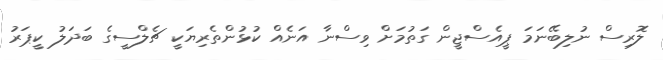
ލޮރިސް ނުލިބޭނަމަ ޕީއެސްޖީން ގަތުމަށް ވިސްނާ އަނެއް ކުޅުންތެރިޔަކީ ޗެލްސީގެ ބަދަލު ކީޕަރު